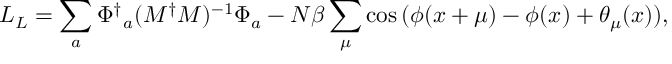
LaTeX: { \cal L } _ { L } = \sum _ { a } { \Phi ^ { \dagger } } _ { a } ( M ^ { \dagger } M ) ^ { - 1 } \Phi _ { a } - N \beta \sum _ { \mu } \cos { ( \phi ( x + \mu ) - \phi ( x ) + \theta _ { \mu } ( x ) ) } ,